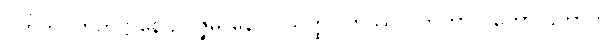
ဂဟိတဂဟိတဋ္ဌာနေ ဥပ္ပဇ္ဇမာနောဝ သတ္ထဝါဟဿ ဂတကာလတော ဌိတာဟိ